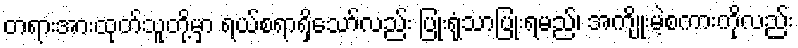
တရားအားထုတ်သူတို့မှာ ရယ်စရာရှိသော်လည်း ပြုံးရုံသာပြုံးရမည်၊ အကျိုးမဲ့စကားကိုလည်း